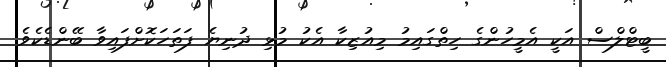
ބީޓްލްސް އަކީ އެމީހުންގެ ހިތްގައިމު މިއުޒިކާ އެކު މުޅި ދުނިޔެ ފަތަހަކޮށްފައިވާ ބޭންޑެކެވެ.